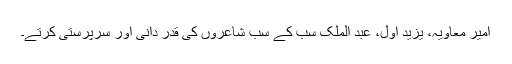
امیر معاویہ، یزید اول، عبد الملک سب کے سب شاعروں کی قدر دانی اور سرپرستی کرتے۔